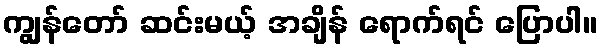
ကျွန်တော် ဆင်းမယ့် အချိန် ရောက်ရင် ပြောပါ။